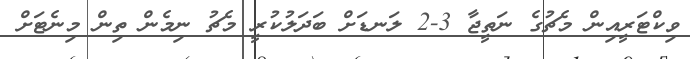
ވިކްޓަރީއިން މެޗުގެ ނަތީޖާ 3-2 ލަނޑަށް ބަދަލުކުރީ މެޗު ނިމެން ތިން މިނެޓަށް